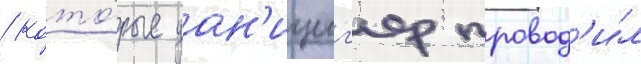
/ кото́рые дан'ициг'ер провод'и́л